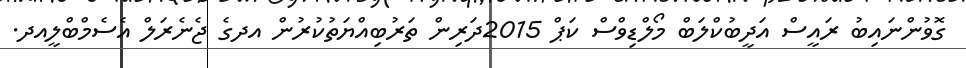
ގޮވުންނައިބު ރައީސް އަދީބުކްލަބް މޯލްޑިވްސް ކަޕް 2015ދަރިން ތަރުބިއްޔަތުކުރުން އދގެ ޖެނެރަލް އެސެމްބްލީއދ.